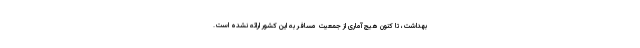
بهداشت، تا کنون هیچ آماری از جمعیت مسافر به این کشور ارائه نشده است.